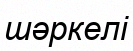
шәркелі